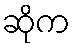
ဆိုက